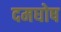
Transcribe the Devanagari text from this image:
दमघोष